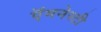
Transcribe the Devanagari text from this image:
ऍमनेस्टी